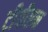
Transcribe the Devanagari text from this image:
टीवीएन